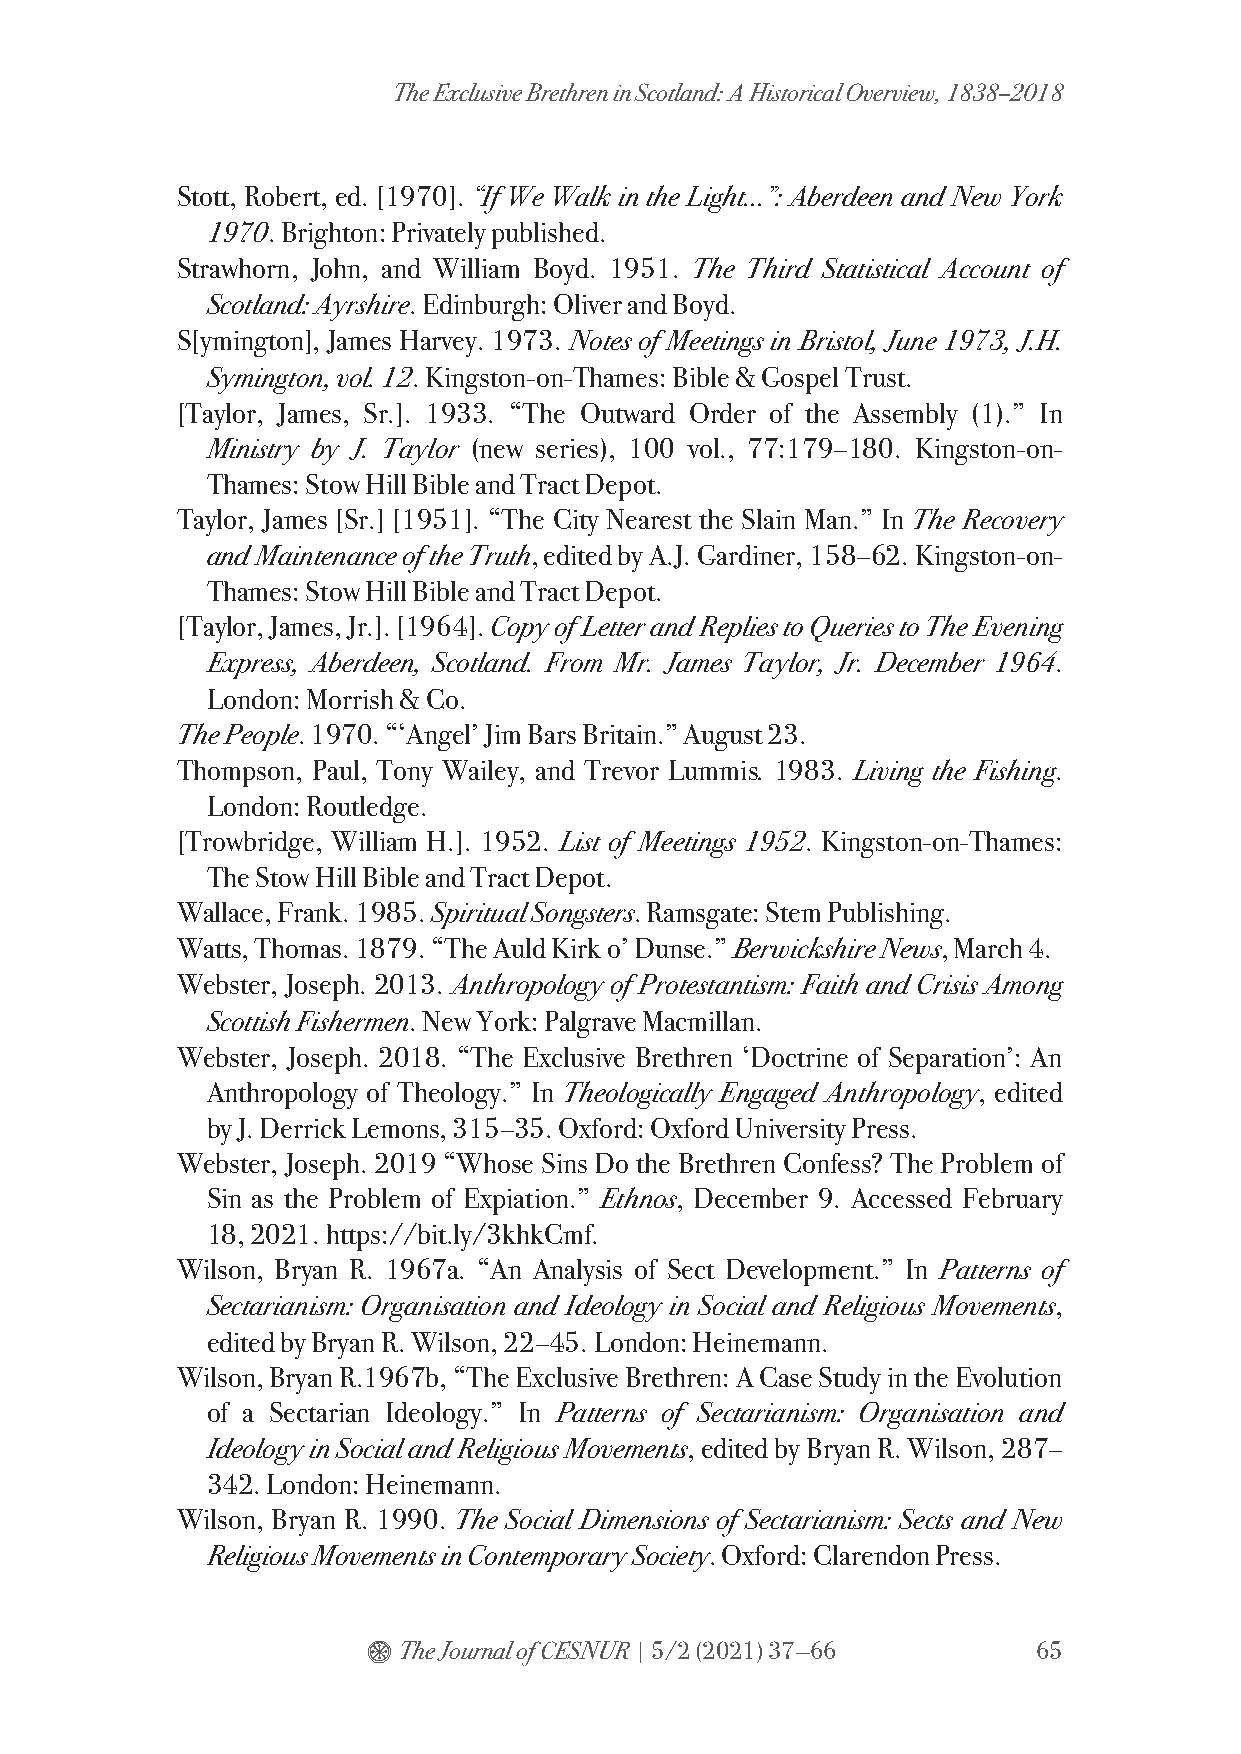
The Exclusive Brethren in Scotland: A Historical Overview, 1838–2018
 Stott, Robert, ed. [1970]. “If We Walk in the Light...”: Aberdeen and New York
 1970. Brighton: Privately published.
 Strawhorn, John, and William Boyd. 1951. The Third Statistical Account of
 Scotland: Ayrshire. Edinburgh: Oliver and Boyd.
 S[ymington], James Harvey. 1973. Notes of Meetings in Bristol, June 1973, J.H.
 Symington, vol. 12. Kingston-on-Thames: Bible & Gospel Trust.
 [Taylor, James, Sr.]. 1933. “The Outward Order of the Assembly (1).” In
 Ministry by J. Taylor (new series), 100 vol., 77:179–180. Kingston-on-
 Thames: Stow Hill Bible and Tract Depot.
 Taylor, James [Sr.] [1951]. “The City Nearest the Slain Man.” In The Recovery
 and Maintenance of the Truth, edited by A.J. Gardiner, 158–62. Kingston-on-
 Thames: Stow Hill Bible and Tract Depot.
 [Taylor, James, Jr.]. [1964]. Copy of Letter and Replies to Queries to The Evening
 Express, Aberdeen, Scotland. From Mr. James Taylor, Jr. December 1964.
 London: Morrish & Co.
 The People. 1970. “‘Angel’ Jim Bars Britain.” August 23.
 Thompson, Paul, Tony Wailey, and Trevor Lummis. 1983. Living the Fishing.
 London: Routledge.
 [Trowbridge, William H.]. 1952. List of Meetings 1952. Kingston-on-Thames:
 The Stow Hill Bible and Tract Depot.
 Wallace, Frank. 1985. Spiritual Songsters. Ramsgate: Stem Publishing.
 Watts, Thomas. 1879. “The Auld Kirk o’ Dunse.” Berwickshire News, March 4.
 Webster, Joseph. 2013. Anthropology of Protestantism: Faith and Crisis Among
 Scottish Fishermen. New York: Palgrave Macmillan.
 Webster, Joseph. 2018. “The Exclusive Brethren ‘Doctrine of Separation’: An
 Anthropology of Theology.” In Theologically Engaged Anthropology, edited
 by J. Derrick Lemons, 315–35. Oxford: Oxford University Press.
 Webster, Joseph. 2019 “Whose Sins Do the Brethren Confess? The Problem of
 Sin as the Problem of Expiation.” Ethnos, December 9. Accessed February
 18, 2021. https://bit.ly/3khkCmf.
 Wilson, Bryan R. 1967a. “An Analysis of Sect Development.” In Patterns of
 Sectarianism: Organisation and Ideology in Social and Religious Movements,
 edited by Bryan R. Wilson, 22–45. London: Heinemann.
 Wilson, Bryan R.1967b, “The Exclusive Brethren: A Case Study in the Evolution
 of a Sectarian Ideology.” In Patterns of Sectarianism: Organisation and
 Ideology in Social and Religious Movements, edited by Bryan R. Wilson, 287–
 342. London: Heinemann.
 Wilson, Bryan R. 1990. The Social Dimensions of Sectarianism: Sects and New
 Religious Movements in Contemporary Society. Oxford: Clarendon Press.
 $ The Journal of CESNUR | 5/2 (2021) 37—66   65